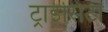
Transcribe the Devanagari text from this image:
ट्राइसिटी